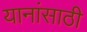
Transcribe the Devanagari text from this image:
यानांसाठी